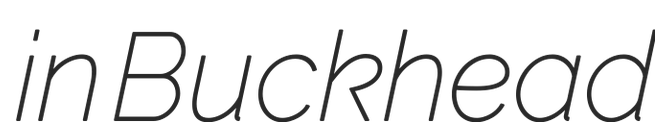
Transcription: in Buckhead